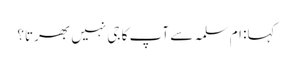
کہا: ام سلمہ سے آپ کا جی نہیں بھرتا؟